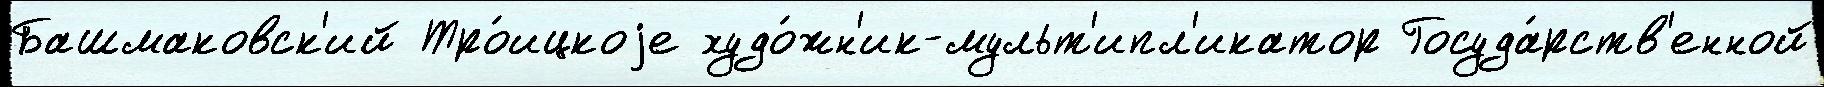
Башмаковск'ий Тро́ицкоjе худо́жн'ик-мульт'ипл'икатор Госуда́рств'енной